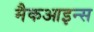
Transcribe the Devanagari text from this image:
मैकआइन्स